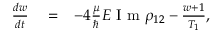
\begin{array} { r l r } { \frac { d w } { d t } } & { { } = } & { - 4 \frac { \mu } { \hbar } E \textrm { I m } \rho _ { 1 2 } - \frac { w + 1 } { T _ { 1 } } , } \end{array}